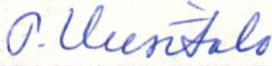
P. Uusitalo